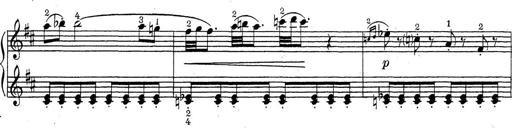
Title: ÄŒeskÃ© Sonatiny
Composer: Various